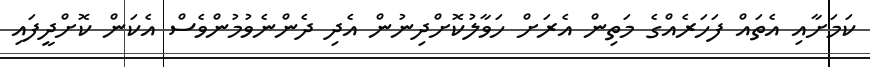
ކަމަށާއި އެތައް ފަހަރެއްގެ މަތިން އެރަށް ހަވާލުކޮށްދިނުން އެދި ދެންނެވުމުންވެސް އެކަން ކޮށްދީފައި